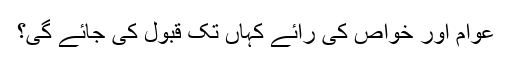
عوام اور خواص کی رائے کہاں تک قبول کی جائے گی؟